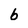
Character: b